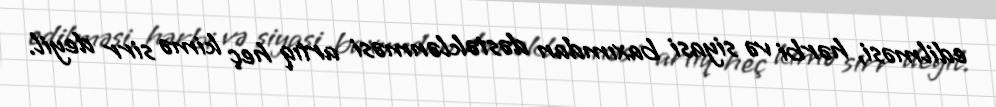
edilməsi, hərbi və siyasi baxımdan dəstəklənməsi artıq heç kimə sirr deyil.